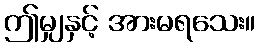
ဤမျှနှင့် အားမရသေး။